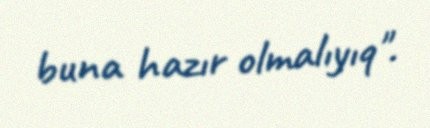
buna hazır olmalıyıq".